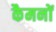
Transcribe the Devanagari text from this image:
कैमनों